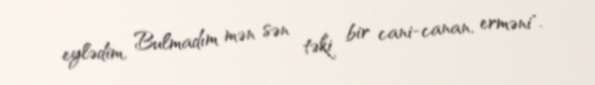
eylədim, Bulmadım mən sən təki bir cani-canan, erməni".